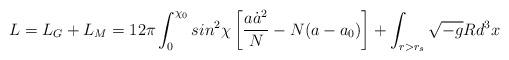
LaTeX: \begin{align*}L = L_{G} + L_{M} = 12 \pi \int_{0}^{\chi_{0}} sin^{2}\chi \left[\frac{a \dot{a}^{2}}{N} - N (a - a_{0}) \right] + \int_{r>r_{s}}\sqrt{- g} R d^{3}x\end{align*}